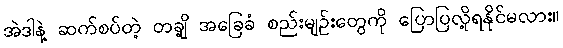
အဲဒါနဲ့ ဆက်စပ်တဲ့ တချို့ အခြေခံ စည်းမျဉ်းတွေကို ပြောပြလို့ရနိုင်မလား။